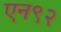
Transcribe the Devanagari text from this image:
एन९२